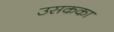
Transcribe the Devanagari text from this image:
उसकका